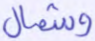
وشمال